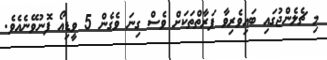
މި ޗެލެންޖުގައި ބައިވެރިވާ ފަރާތްތަކަށް ވެސް ގިނަ ވެގެން 5 ވީޑިއޯ ފޮނުވޭނެއެވެ.